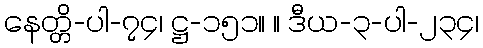
နေတ္တိ-ပါ-၇၄၊ ဋ္ဌ-၁၅၁။ ။ ဒီယ-၃-ပါ-၂၃၄၊